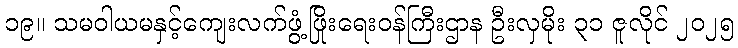
၁၉။ သမဝါယမနှင့်ကျေးလက်ဖွံ့ဖြိုးရေးဝန်ကြီးဌာန ဦးလှမိုး ၃၁ ဇူလိုင် ၂၀၂၅